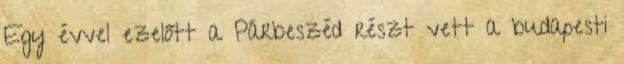
Egy évvel ezelőtt a Párbeszéd részt vett a budapesti